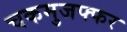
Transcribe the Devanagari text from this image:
चकमुजफ्फर